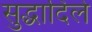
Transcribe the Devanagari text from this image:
सुद्धादिले